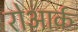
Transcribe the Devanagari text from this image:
रोआर्क